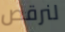
لنرقص